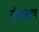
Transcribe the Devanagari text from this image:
संघ्रक्षण